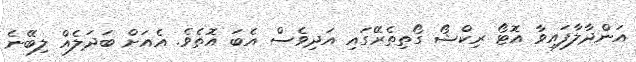
އަންދާލާފައިވާ އޮޓޯ ރިކްޝޯ ގޯތިތެރޭގައި އަދިވެސް އެބަ އޮތެވެ. އެއަށް ބަދަލެއް ލިބޭނެ